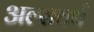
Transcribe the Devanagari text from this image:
अल्सवर्थ